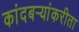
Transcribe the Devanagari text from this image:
कांदबऱ्यांकरीता